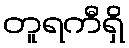
တူရကီရှိ